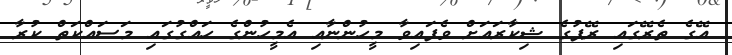
އޭގެ ތެރޭގައި ރޭޕުގެ ޝިކާރައަށް ވެފައިވާ މީހުންނާއި އެމީހުންގެ ހައްގުގައި މަސައްކަތް ކުރާ